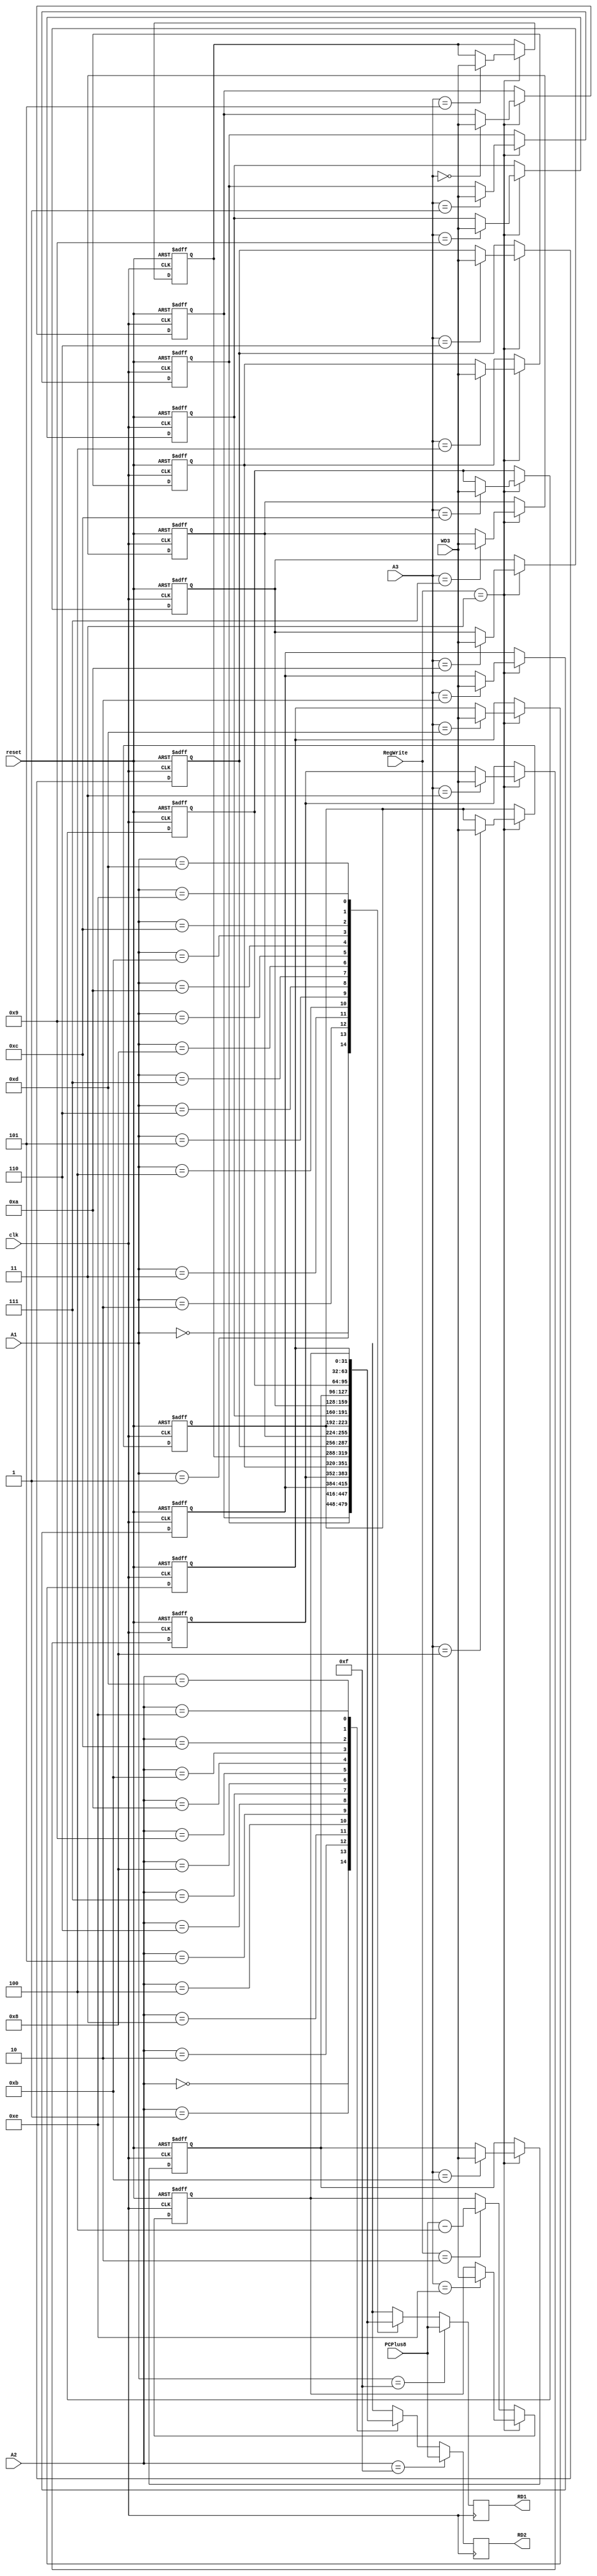
 module RegisterFile( //register file
   input clk,
   input reset,

   input [3:0] A1,
   input [3:0] A2,
   input [3:0] A3,   //write address
   input [31:0] WD3, //write data input
   input [1:0 ]RegWrite,   //write enable input (RE3)
   input [31:0] PCPlus8,   //PCPlus8, R15

   output reg [31:0] RD1,   //data from reg addr A1
   output reg [31:0] RD2   //data from reg addr A2
   );
   
   reg[31:0] Rf[15:0]; 
   integer i;

   always @ (posedge clk)
   begin
      RD1 <= (A1==4'b1111) ? PCPlus8 : Rf[A1];
      RD2 <= (A2==4'b1111) ? PCPlus8 : Rf[A2];
      
   end
   
   always @ (negedge clk or posedge reset)
   begin   
         if (reset) begin
            for (i=0; i<16 ;i=i+1)begin Rf[i] <= 32'b0; end
         end
         //10 BL
         //11 write
         //00 no write   
         else if(RegWrite == 2'b11)
         begin // if RegWrite == 11, write data into reg
            Rf[A3] <= WD3;
         end
         else 
         begin
			Rf[15] <= PCPlus8;
			if(RegWrite == 2'b10)
			begin
            Rf[14] <= (PCPlus8 - 4); //PC = PC-4
			end
		end
         
          
   end
 
   
endmodule